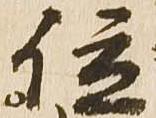
位